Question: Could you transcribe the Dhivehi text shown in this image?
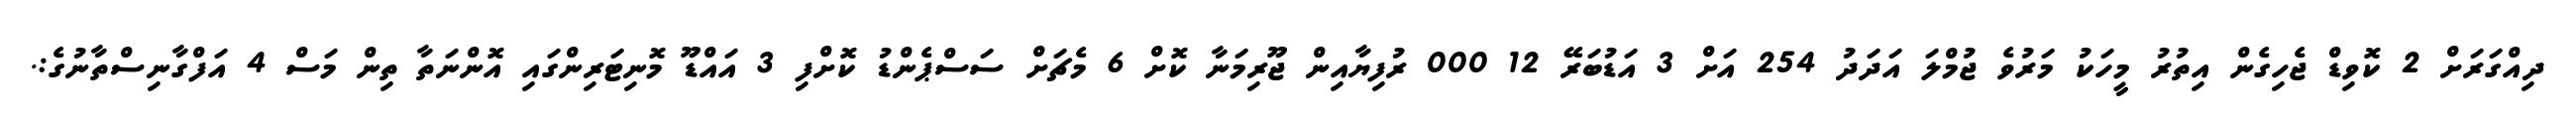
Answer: ދިއްގަރަށް 2 ކޮވިޑް ޖެހިގެން އިތުރު މީހަކު މަރުވެ ޖުމްލަ އަދަދު 254 އަށް 3 އަޑުބަރޭ 12 000 ރުފިޔާއިން ޖޫރިމަނާ ކޮށް 6 މެޗަށް ސަސްޕެންޑު ކޮށްފި 3 އައްޑޫ މޮނިޓަރިންގައި އޮންނަތާ ތިން މަސް 4 އަފްގާނިސްތާނުގެ:.